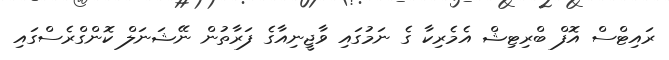
ރައިޓްސް އޮފް ބްރިޓިޝް އެމެރިކާ ގެ ނަމުގައި ވާޖީނިއާގެ ފަރާތުން ނޭޝަނަލް ކޮންގްރެސްގައި